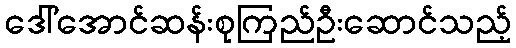
ဒေါ်အောင်ဆန်းစုကြည်ဦးဆောင်သည့်